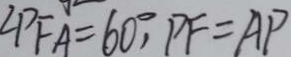
\angle P F A = 6 0 ^ { \circ } , P F = A P